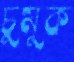
চুমুক